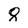
Character: 8